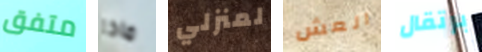
متفق ماذا لمنزلي العش برتقال